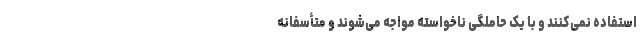
استفاده نمی‌‌کنند و با یک حاملگی ناخواسته مواجه می‌‌شوند و متأسفانه